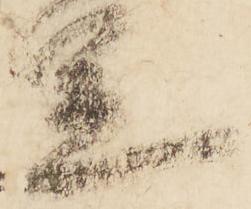
足